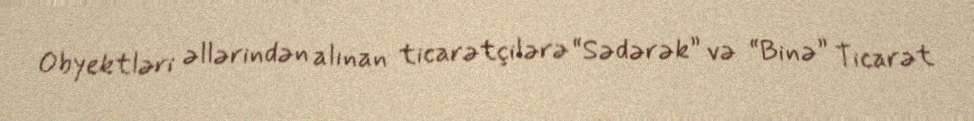
Obyektləri əllərindən alınan ticarətçilərə “Sədərək” və “Binə” Ticarət